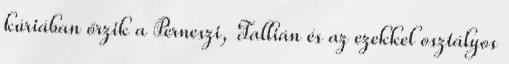
kúriában őrzik a Perneszi, Tallián és az ezekkel osztályos